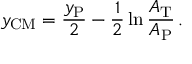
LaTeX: y _ { \mathrm { C M } } = { \frac { y _ { \mathrm { P } } } { 2 } } - { \frac { 1 } { 2 } } \ln { \frac { A _ { \mathrm { T } } } { A _ { \mathrm { P } } } } \, .